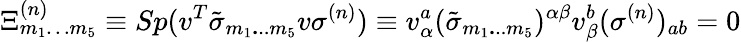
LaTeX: \Xi_{{m}_{{1}}\ldots{m}_{{5}}}^{{(n)}}\equiv Sp(v^{{T}}\tilde{\sigma}_{{m}_{{1}}{\mathbf...}{m}_{{5}}}v\sigma^{{(n)}})\equiv v_{\alpha}^{{a}}(\tilde{\sigma}_{{m}_{{1}}{\mathbf...}{m}_{{5}}})^{\alpha\beta}v_{\beta}^{{b}}(\sigma^{{(n)}})_{{ab}}=0